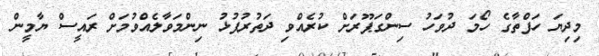
މިދިޔަ ހަފްތާގެ ހޯމަ ދުވަހު ސިންގަޕޫރަށް ކުރެއްވި ދަތުރުފުޅު ނިންމަވާލެއްވުމަށް ރައީސް ޔާމީން